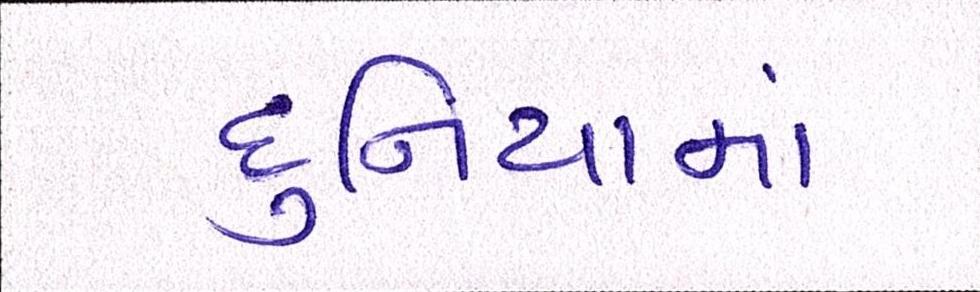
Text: દુનિયામાં